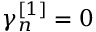
\gamma _ { n } ^ { [ 1 ] } = 0